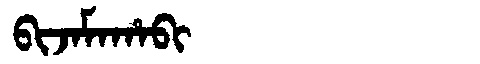
Manchu: ᠪᡳᠵᠠᠮᠠᡥᠠᠪᡳ
Romanization: BIJAMAHABI